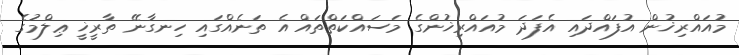
މުއައްރިޚުން އުފައްދައި އެފަދަ މުއައްރިޚުންގެ މަސައްކަތްތައް އެ ތަނެއްގައި ހިނގާނޭ ތާރީޚީ ޢިލްމުގެ